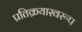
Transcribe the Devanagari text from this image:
प्रतिक्रयास्वरूप